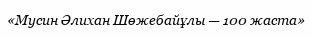
«Мусин Әлихан Шөжебайұлы — 100 жаста»